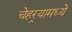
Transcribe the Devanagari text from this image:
चेहर्‍यामध्ये